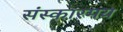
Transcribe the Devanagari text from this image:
संस्कारमय